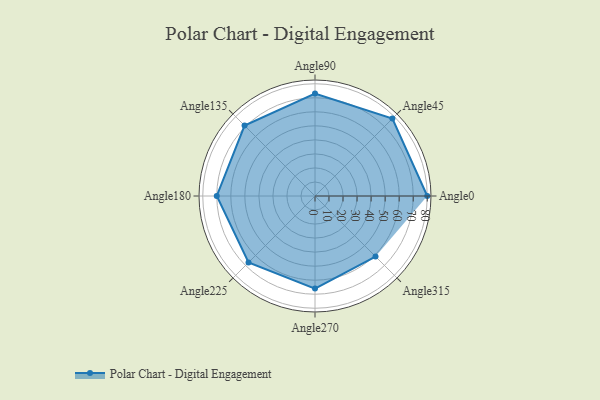
{"axis": {"x": "Angle", "y": "Radius"}, "legend": [""], "data": [{"x": "Angle0", "y": 80.0, "type": ""}, {"x": "Angle45", "y": 78.0, "type": ""}, {"x": "Angle90", "y": 73.0, "type": ""}, {"x": "Angle135", "y": 71.0, "type": ""}, {"x": "Angle180", "y": 70.0, "type": ""}, {"x": "Angle225", "y": 67.0, "type": ""}, {"x": "Angle270", "y": 66.0, "type": ""}, {"x": "Angle315", "y": 61.0, "type": ""}]}